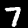
Label: 7